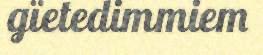
gïetedimmiem